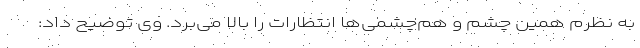
به نظرم همین چشم و هم‌چشمی‌ها انتظارات را بالا می‌برد. وی توضیح داد: